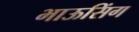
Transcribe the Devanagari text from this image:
भाऊसिंग